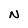
Character: N